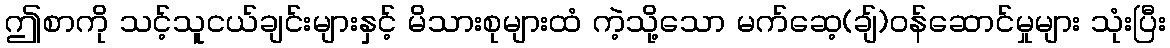
ဤစာကို သင့်သူငယ်ချင်းများနှင့် မိသားစုများထံ ကဲ့သို့သော မက်ဆေ့(ချ်)ဝန်ဆောင်မှုများ သုံးပြီး